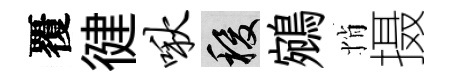
覆徤啾稷鵷悄摄